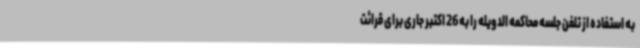
به استفاده از تلفن جلسه محاکمه الدویله را به 26 اکتبر جاری برای قرائت